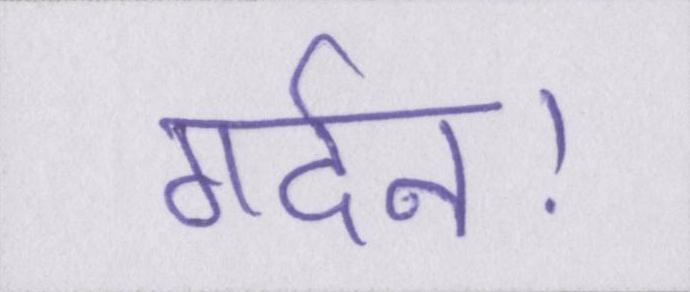
गर्दन।